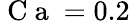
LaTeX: \mathrm{~C~a~}=0.2